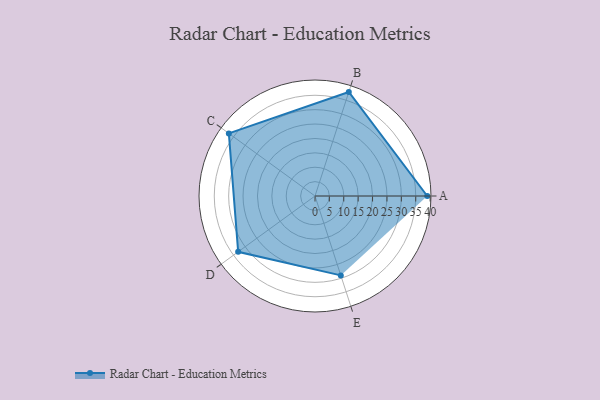
{"axis": {"x": "Skill", "y": "Score"}, "legend": ["Profile"], "data": [{"x": "A", "y": 39.0, "type": "Profile"}, {"x": "B", "y": 38.0, "type": "Profile"}, {"x": "C", "y": 37.0, "type": "Profile"}, {"x": "D", "y": 33.0, "type": "Profile"}, {"x": "E", "y": 29.0, "type": "Profile"}]}